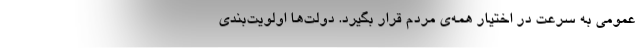
عمومی به سرعت در اختیار همه‌ی مردم قرار بگیرد. دولت‌ها اولویت‌بندی